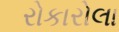
રોકારોલા